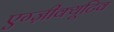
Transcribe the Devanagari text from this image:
एग्ज़ीक्यूटिव